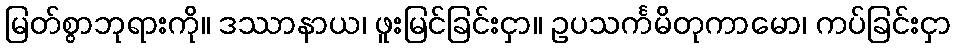
မြတ်စွာဘုရားကို။ ဒဿာနာယ၊ ဖူးမြင်ခြင်းငှာ။ ဥပသင်္ကမိတုကာမော၊ ကပ်ခြင်းငှာ